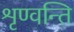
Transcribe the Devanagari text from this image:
शृण्वन्ति